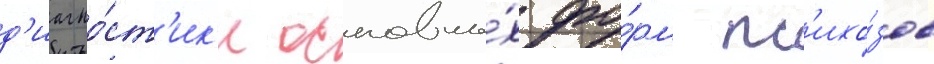
д'иагно́ст'ик'и основны́х фо́рм пс'ихо́зов